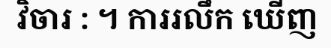
វិចារ : ។ ការរលឹក ឃើញ